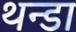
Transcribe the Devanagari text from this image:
थन्डा